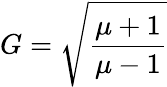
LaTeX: G=\sqrt{\frac{\mu+1}{\mu-1}}